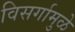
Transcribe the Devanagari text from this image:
विसर्गामुळे